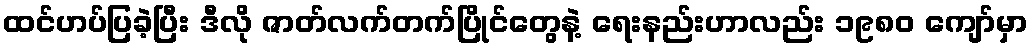
ထင်ဟပ်ပြခဲ့ပြီး ဒီလို ဇာတ်လက်တက်ပြိုင်တွေနဲ့ ရေးနည်းဟာလည်း ၁၉၈၀ ကျော်မှာ